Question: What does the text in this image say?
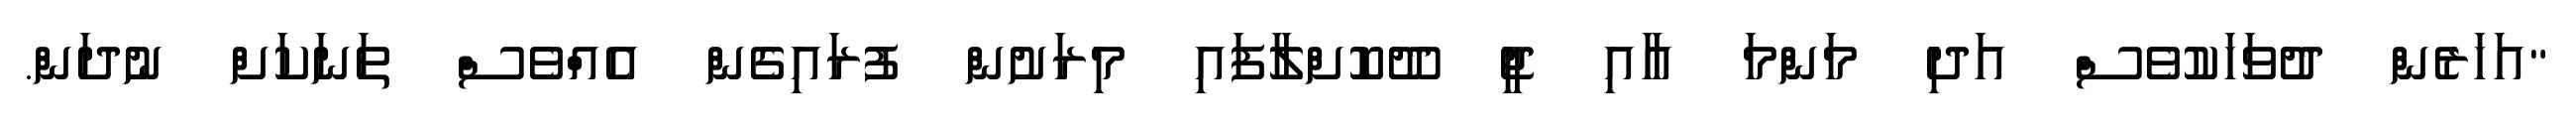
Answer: "އަހަރެން ދުވަހަކުވެސް އަދި މަންމަ އާއި ޖީ ދޫކޮށްލާފައި މިރަށުން ފުރައިގެން އެއްވެސް ތަނަކަށް ނުދަން.